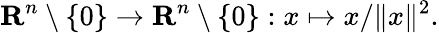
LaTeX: \mathbf{R}^{n}\setminus\{ 0\} \to\mathbf{R}^{n}\setminus\{ 0\} :x\mapsto x/\| x\| ^{2}.